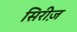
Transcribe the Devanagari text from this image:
सिरीज़़